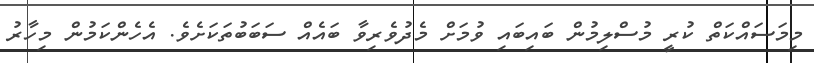
މިމަސައްކަތް ކުރީ މުސްލިމުން ބައިބައި ވުމަށް މެދުވެރިވާ ބައެއް ސަބަބުތަކަށެވެ. އެހެންކަމުން މިހާރު